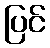
ပြင်